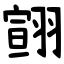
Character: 翧